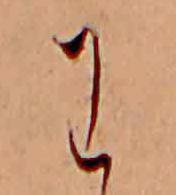
わ